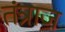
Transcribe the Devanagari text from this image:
तंत्राज